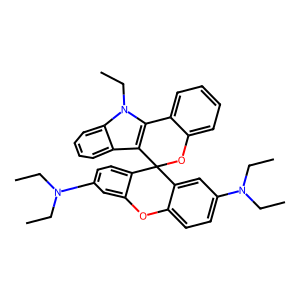
SMILES: CCN(CC)c1ccc2c(c1)Oc1ccc(N(CC)CC)cc1C21Oc2ccccc2-c2c1c1ccccc1n2CC
Inhibits HIV replication: No